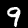
Digit: 9